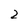
Character: 2